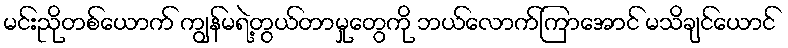
မင်းညိုတစ်ယောက် ကျွန်မရဲ့တွယ်တာမှုတွေကို ဘယ်လောက်ကြာအောင် မသိချင်ယောင်